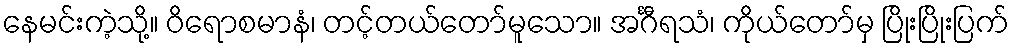
နေမင်းကဲ့သို့။ ဝိရောစမာနံ၊ တင့်တယ်တော်မူသော။ အင်္ဂီရသံ၊ ကိုယ်တော်မှ ပြိုးပြိုးပြက်